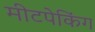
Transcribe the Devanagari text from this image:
मीटपेकिंग